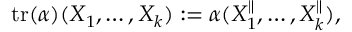
\mathrm { t r } ( \alpha ) ( X _ { 1 } , \ldots , X _ { k } ) : = \alpha ( X _ { 1 } ^ { \parallel } , \ldots , X _ { k } ^ { \parallel } ) ,